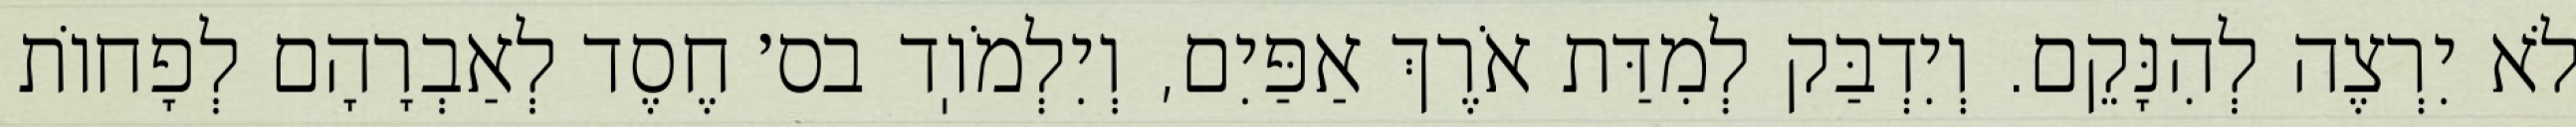
לֹא יִרְצֶה לְהִנָּקֵם. וְיִדְבַּק לְמִדַּת אֹרֶךְ אַפַּיִם, וְיִלְמֹוֽד בס׳ חֶסֶד לְאַבְרָהָם לְפָחוֹת